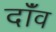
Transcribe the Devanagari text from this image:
दॉंव